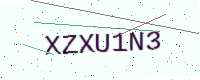
Text: XZXU1N3